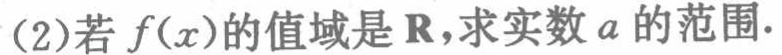
(2)若\(f(x)\)的值域是\(\mathbf{R}\)，求实数\(a\)的范围.